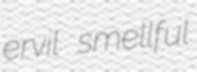
ervil smellful